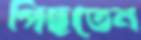
পিছতেন